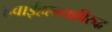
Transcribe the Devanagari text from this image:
हवाईहल्ल्याविरुद्ध